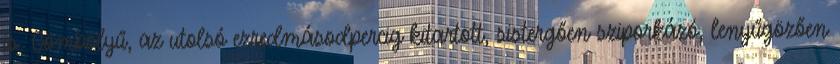
is. Gömbölyű, az utolsó ezredmásodpercig kitartott, sistergően sziporkázó, lenyűgözően